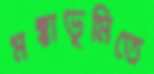
মক্কাভূমিতে